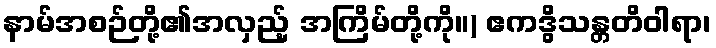
နာမ်အစဉ်တို့၏အလှည့် အကြိမ်တို့ကို။) ဧကဒွိသန္တတိဝါရာ၊